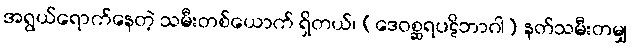
အရွယ်ရောက်နေတဲ့ သမီးတစ်ယောက် ရှိတယ်၊ (ဒေဝစ္ဆရပဋိဘာဂါ) နတ်သမီးတမျှ